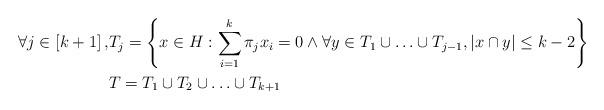
LaTeX: \begin{align*}\forall j \in \left[ k+1 \right], & T_j = \left\{ x \in H : \sum_{i=1}^k \pi_j x_i = 0 \land \forall y \in T_1 \cup \ldots \cup T_{j-1}, \left| x \cap y \right| \leq k-2 \right\} \\& T = T_1 \cup T_2 \cup \ldots \cup T_{k+1}\end{align*}